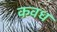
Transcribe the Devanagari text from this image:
कवध